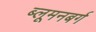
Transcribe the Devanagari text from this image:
ब्लूमनबर्ग